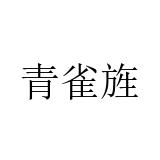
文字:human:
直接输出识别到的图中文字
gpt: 青雀旌